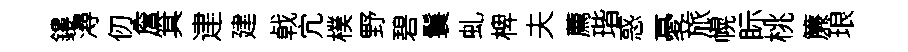
鏤潯仞詹箕䢖建㦸宂樸野碧鬟虬椑夫薦瑎惑憂旅幌眎桃簾琅